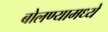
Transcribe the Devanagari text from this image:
बोलण्यामध्ये